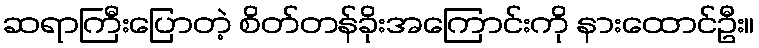
ဆရာကြီးပြောတဲ့ စိတ်တန်ခိုးအကြောင်းကို နားထောင်ဦး။